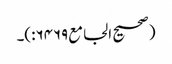
(صحیح الجامع۶۴۶۹:)۔